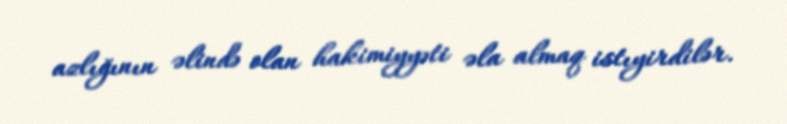
azlığının əlində olan hakimiyyəti əla almaq istıyirdilər.